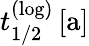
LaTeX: t_{1/2}^{(\mathrm{log})}\, [\mathrm{a}]